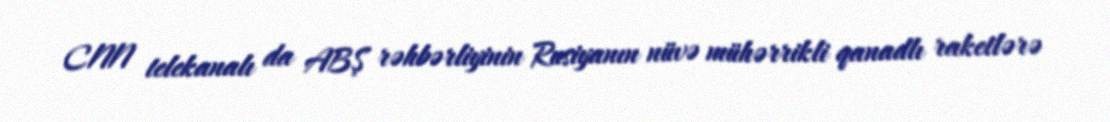
CNN telekanalı da ABŞ rəhbərliyinin Rusiyanın nüvə mühərrikli qanadlı raketlərə